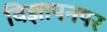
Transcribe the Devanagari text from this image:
विज्ञापनपर